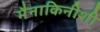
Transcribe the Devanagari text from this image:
मैनाकिनीशी